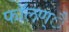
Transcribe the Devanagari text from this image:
फाॅलण्ै